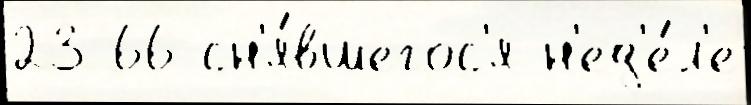
23 66 сн'я́вшегос'я н'ед'е́л'е